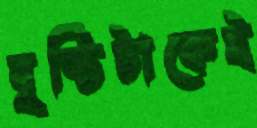
বৃষ্টিটাকেই